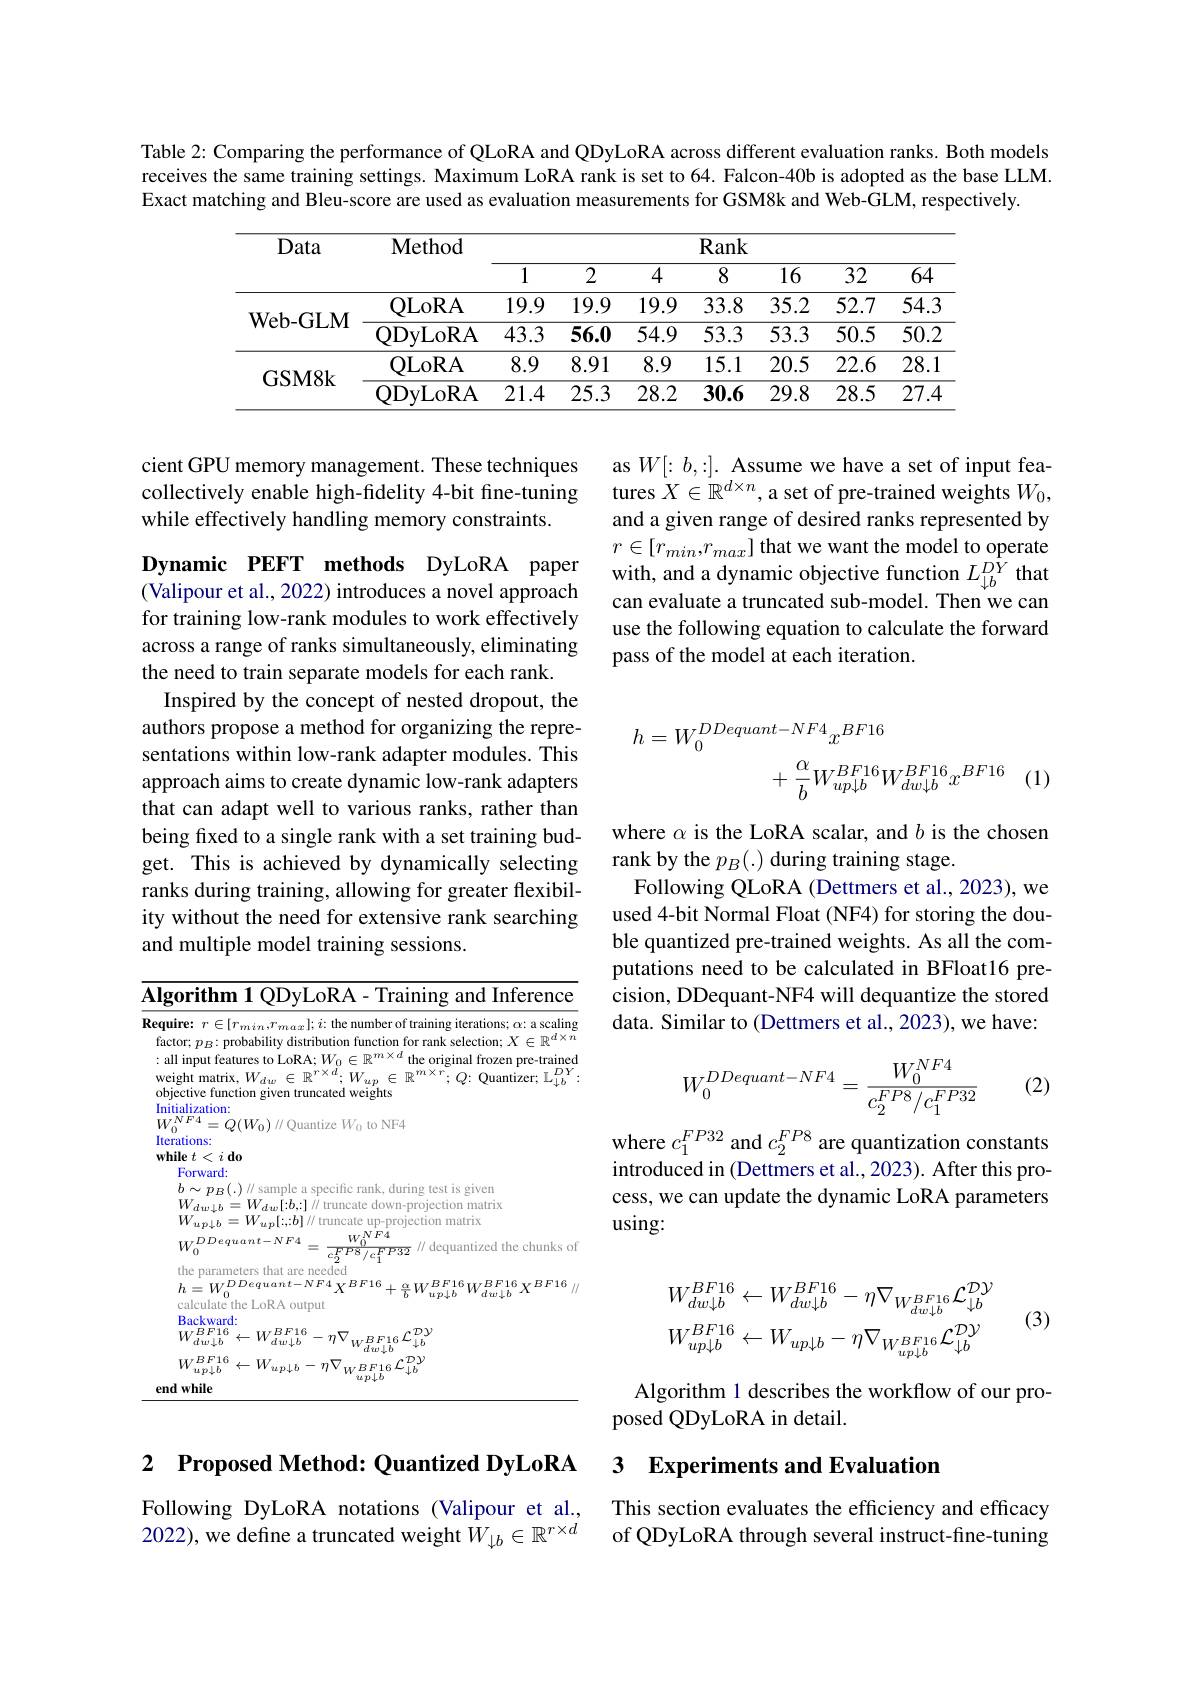
Table 2: Comparing the performance of QLoRA and QDyLoRA across different evaluation ranks. Both models receives the same training settings. Maximum LoRA rank is set to 64. Falcon-40b is adopted as the base LLM. Exact matching and Bleu-score are used as evaluation measurements for GSM8k and Web-GLM, respectively.

<table>
	<tbody>
		<tr>
			<th rowspan="2">Data</th>
			<th rowspan="2">$\mathbf{Method}$</th>
			<th colspan="7">Rank</th>
		</tr>
		<tr>
			<th>1</th>
			<th>2</th>
			<th>4</th>
			<th>8</th>
			<th>16</th>
			<th>32</th>
			<th>64</th>
		</tr>
		<tr>
			<td rowspan="2">$\mathbf{Web-GLM}$</td>
			<td>QLoRA</td>
			<td>19.9</td>
			<td>19.9</td>
			<td>19.9</td>
			<td>33.8</td>
			<td>35.2</td>
			<td>52.7</td>
			<td>54.3</td>
		</tr>
		<tr>
			<td>QDyLoRA</td>
			<td>43.3</td>
			<td>56.0</td>
			<td>54.9</td>
			<td>53.3</td>
			<td>53.3</td>
			<td>50.5</td>
			<td>$\overline{50.2}$</td>
		</tr>
		<tr>
			<td rowspan="2">GSM8k</td>
			<td>QLoRA</td>
			<td>8.9</td>
			<td>8.91</td>
			<td>8.9</td>
			<td>15.1</td>
			<td>20.5</td>
			<td>22.6</td>
			<td>28.1</td>
		</tr>
		<tr>
			<td>QDyLoRA</td>
			<td>21.4</td>
			<td>25.3</td>
			<td>28.2</td>
			<td>30.6</td>
			<td>29.8</td>
			<td>28.5</td>
			<td>27.4</td>
		</tr>
	</tbody>
</table>

cient GPU memory management. These techniques collectively enable high-fidelity 4-bit fine-tuning while effectively handling memory constraints.

as $W[:b,:].$ Assume we have a set of input features $X\in\mathbb{R}^d\times n$, a set of pre-trained weights $W_0$, and a given range of desired ranks represented by $r\in[r_{min},r_{max}]$ that we want the model to operate with, and a dynamic objective function $L_\downarrow b^{D\bar{Y}}$ that can evaluate a truncated sub-model. Then we can use the following equation to calculate the forward pass of the model at each iteration.
$$\begin{aligned}h=W_0^{DDequant-NF4}x^{BF16}\\&+\frac{\alpha}{b}W_{up\downarrow b}^{BF16}W_{dw\downarrow b}^{BF16}x^{BF16}\end{aligned}$$
Dynamic PEFT methods DyLoRA paper (Valipour et al., 2022) introduces a novel approach for training low-rank modules to work effectively across a range of ranks simultaneously, eliminating the need to train separate models for each rank.
Inspired by the concept of nested dropout, the authors propose a method for organizing the representations within low-rank adapter modules. This approach aims to create dynamic low-rank adapters that can adapt well to various ranks, rather than being fixed to a single rank with a set training budget. This is achieved by dynamically selecting ranks during training, allowing for greater flexibility without the need for extensive rank searching and multiple model training sessions.

(1)

where $\alpha$ is the LoRA scalar, and $b$ is the chosen
rank by the $p_B(.)$ during training stage.
Following QLoRA (Dettmers et al., 2023), we used 4-bit Normal Float (NF4) for storing the double quantized pre-trained weights. As all the computations need to be calculated in BFloat16 precision, DDequant-NF4 will dequantize the stored data. Similar to (Dettmers et al., 2023), we have:

(2)
$$W_0^{DDequant-NF4}=\frac{W_0^{NF4}}{c_2^{FP8}/c_1^{FP32}}$$
where $c_1^{FP32}$ and $c_2^{FP8}$ are quantization constants introduced in (Dettmers et al., 2023). After this process, we can update the dynamic LoRA parameters using:

<table>
	<tbody>
		<tr>
			<td>$A$</td>
			<td>rithm 1 QDyLoRA- Training and Inference</td>
		</tr>
		<tr>
			<td>$Re$</td>
			<td>$\mathbf{e}\colon r\in[r_{min},r_{max}];i\colon$the number of training iterations; $\alpha\colon$ a scaling r; $p_B:$ probability distribution function for rank selection; $X\in\mathbb{R}^d\times n$ input features to LoRA; $W_0\in\mathbb{R}^{m\times d}$ the original frozen pre-trained ${\mathrm{ht~matrix,~}W_{dw}\in\mathbb{R}^{r\times d};W_{up}\in\mathbb{R}^{m\times r};Q:\mathrm{~Quantizer;~L}_{\downarrow b}^{D}}$ $DY$ ctive function given truncated weights alization:</td>
		</tr>
		<tr>
			<td> </td>
			<td>1at ATC $quant-N$ $d_{\text{rr}1}|$ $Y$</td>
		</tr>
		<tr>
			<td> </td>
			<td>${}\leftarrow W_{up\downarrow b}-\eta\nabla_{W^{BF16}}{\mathcal L}_{\downarrow b}^{\mathcal{D}\mathcal{V}}$ $[M/BF16$ $up\downarrow b$</td>
		</tr>
		<tr>
			<td> </td>
			<td>while $up\psi^{0}$</td>
		</tr>
	</tbody>
</table>
$$W_{dw\downarrow b}^{BF16}\leftarrow W_{dw\downarrow b}^{BF16}-\eta\nabla_{W_{dw\downarrow b}^{BF16}}\mathcal{L}_{\downarrow b}^{\mathcal{DY}}\\W_{up\downarrow b}^{BF16}\leftarrow W_{up\downarrow b}-\eta\nabla_{W_{up\downarrow b}^{BF16}}\mathcal{L}_{\downarrow b}^{\mathcal{DY}}$$
(3)

Algorithm 1 describes the workflow of our pro-
posed QDyLoRA in detail.

### 2 $\textbf{Proposed Method: Quantized DyLoRA}$

## 3 Experiments and Evaluation

Following DyLoRA notations (Valipour et al., 2022), we define a truncated weight $\dot{W}_{\downarrow b}\in\mathbb{R}^{r\times d}$

This section evaluates the efficiency and efficacy of QDyLoRA through several instruct-fine-tuning